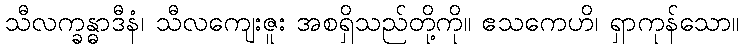
သီလက္ခန္ဓာဒီနံ၊ သီလကျေးဇူး အစရှိသည်တို့ကို။ ဧသကေဟိ၊ ရှာကုန်သော။